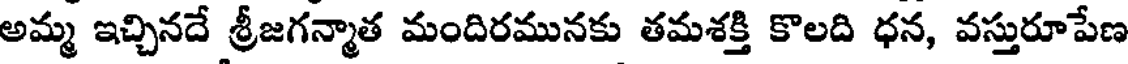
అమ్మ ఇచ్చినదే శ్రీజగన్మాత మందిరమునకు తమశక్తి కొలది ధన, వస్తురూపేణ